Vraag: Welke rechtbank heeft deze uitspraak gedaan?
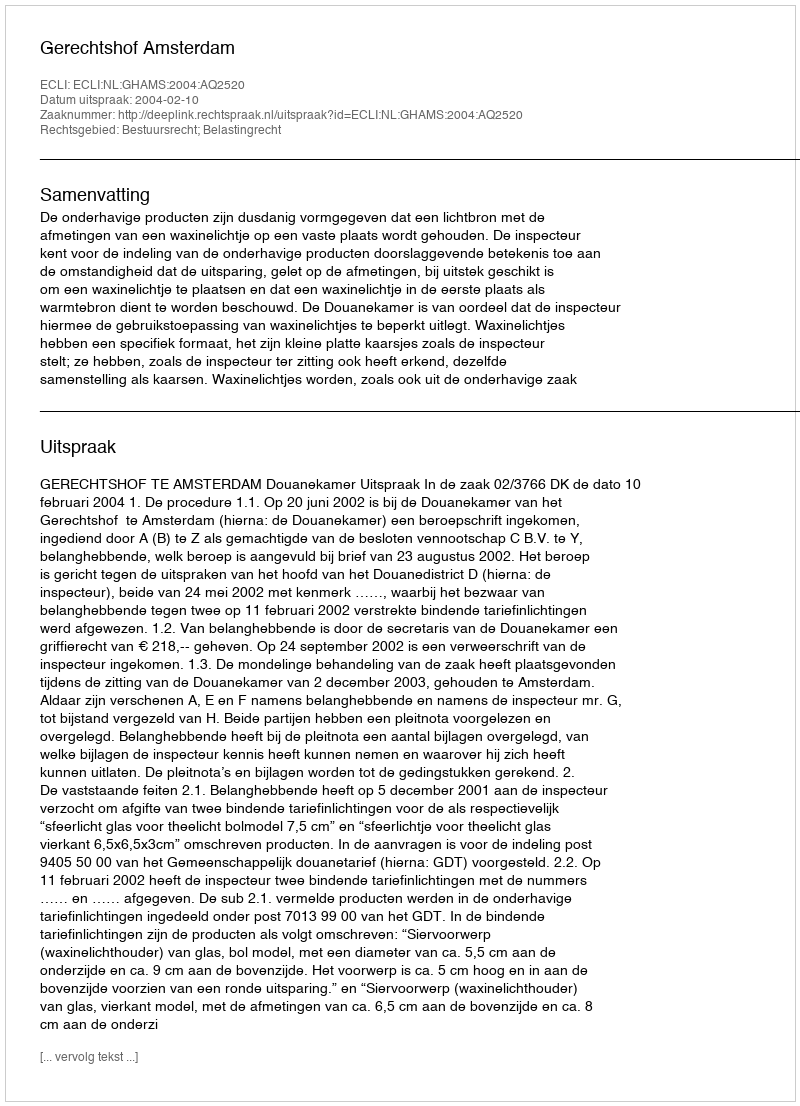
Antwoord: Gerechtshof Amsterdam